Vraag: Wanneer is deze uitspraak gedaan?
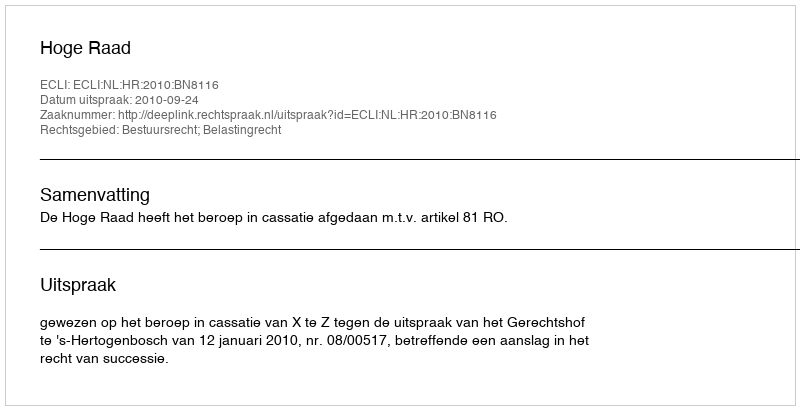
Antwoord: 2010-09-24